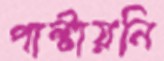
পাল্টায়নি